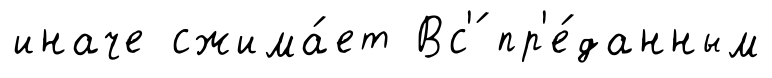
иначе сжима́ет Вс'́ пр'е́данным